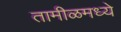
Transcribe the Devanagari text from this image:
तामीळमध्ये